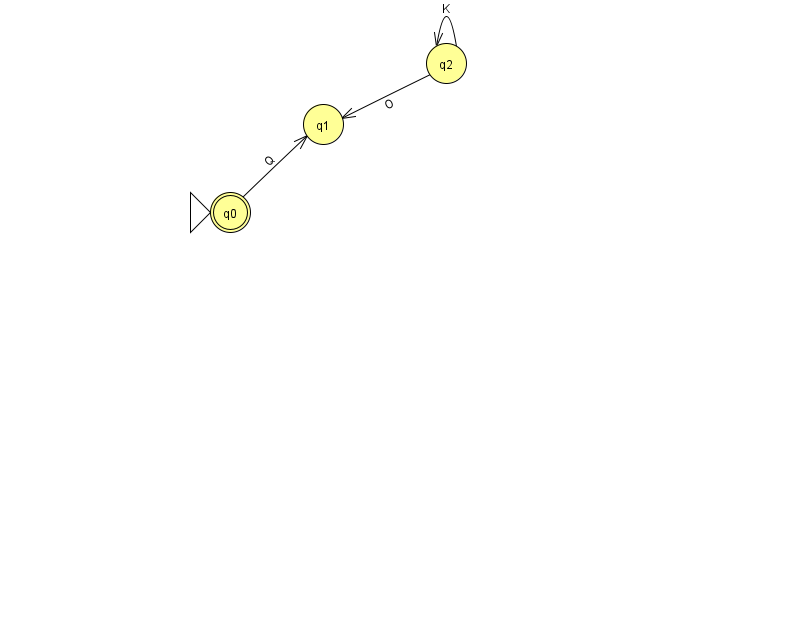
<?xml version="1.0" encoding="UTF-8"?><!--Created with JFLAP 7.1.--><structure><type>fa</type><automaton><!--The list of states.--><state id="0" name="q0"><x>230.0</x><y>199.0</y><initial/><final/></state><state id="1" name="q1"><x>323.0</x><y>111.0</y></state><state id="2" name="q2"><x>446.0</x><y>50.0</y></state><!--The list of transitions.--><transition><from>2</from><to>1</to><read>O</read></transition><transition><from>0</from><to>1</to><read>Q</read></transition><transition><from>2</from><to>2</to><read>K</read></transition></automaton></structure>